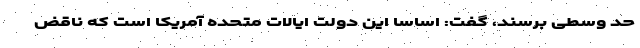
حد وسطی برسند، گفت: اساسا این دولت ایالات متحده آمریکا است که ناقض